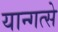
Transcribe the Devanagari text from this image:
यान्गत्से